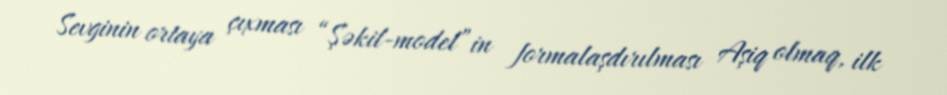
Sevginin ortaya çıxması “Şəkil-model”in formalaşdırılması Aşiq olmaq, ilk